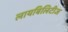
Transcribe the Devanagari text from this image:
लायबिलिटीज